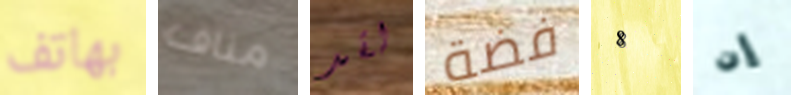
بهاتف مناف لقد فضة 8 إن